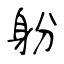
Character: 躮